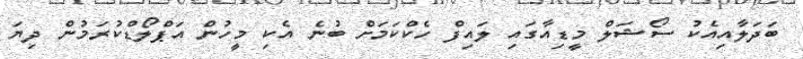
ބަދަލާއިއެކު ސޯޝަލް މީޑިއާގައި ލައިފް ހެކްކަމަށް ބުނެ އެކި މީހުން އަޕްލޯޑްކުރަމުން ދިޔަ